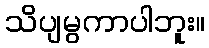
သိပျမွကာပါဘူး။